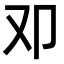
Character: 𠨏